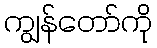
ကျွန်တော်ကို